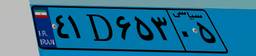
۹۷D۶۳۳۹۴